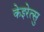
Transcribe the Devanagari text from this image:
केइरेत्सु